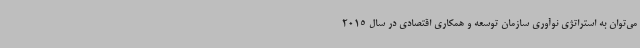
می‌توان به استراتژی نوآوری سازمان توسعه و همکاری اقتصادی در سال 2015